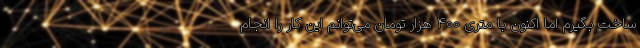
ساخت بگیرم اما اکنون با متری ۴۰۰ هزار تومان می‌توانم این کار را انجام